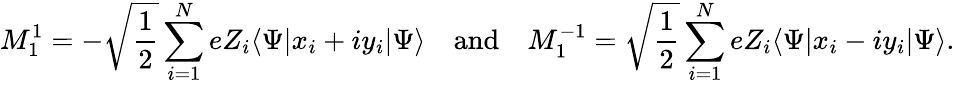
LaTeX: M_{1}^{1}=-{\sqrt{\frac{1}{2}}}\sum_{i=1}^{N}eZ_{i}\langle\Psi|x_{i}+iy_{i}|\Psi\rangle\quad{\mathrm{and}}\quad M_{1}^{-1}={\sqrt{\frac{1}{2}}}\sum_{i=1}^{N}eZ_{i}\langle\Psi|x_{i}-iy_{i}|\Psi\rangle.